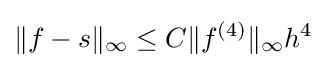
\|f-s\|_{\infty }\leq C\|f^{(4)}\|_{\infty }h^{4}